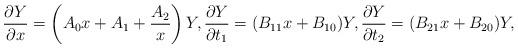
LaTeX: \begin{gather*}\frac{\partial Y}{\partial x}=\left( A_0 x+A_1+\frac{A_2}{x} \right)Y ,\frac{\partial Y}{\partial t_1} =(B_{11}x+B_{10})Y ,\frac{\partial Y}{\partial t_2}=(B_{21}x+B_{20})Y ,\end{gather*}